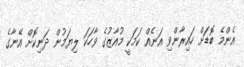
އެންމެ ބޮޑަށް ހައިރާންވި އަނެއް ކަމަކީ މުއާޒުގެ ވާހަކަ ލިޔަމުން ދަނިކޮށް އޭނާގެ